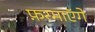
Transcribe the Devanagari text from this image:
फ़रमाएॅगे